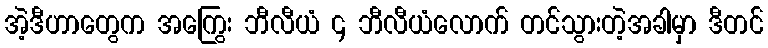
အဲ့ဒီဟာတွေက အကြွေး ဘီလီယံ ၄ ဘီလီယံလောက် တင်သွားတဲ့အခါမှာ ဒီတင်